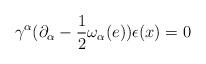
LaTeX: \begin{align*}\gamma^\alpha(\partial_\alpha-\frac{1}{2}\omega_\alpha(e))\epsilon(x)=0\end{align*}